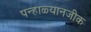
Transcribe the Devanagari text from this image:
पन्हाळ्यानजीक